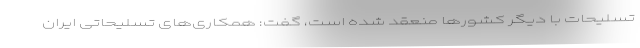
تسلیحات با دیگر کشور‌ها منعقد شده است، گفت: همکاری‌های تسلیحاتی ایران